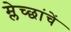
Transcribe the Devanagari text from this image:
म्लेच्छांचें